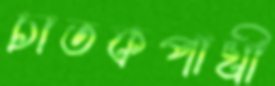
চাতকপাখী